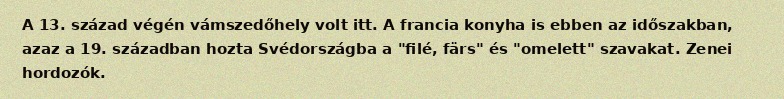
A 13. század végén vámszedőhely volt itt. A francia konyha is ebben az időszakban, azaz a 19. században hozta Svédországba a "filé, färs" és "omelett" szavakat. Zenei hordozók.